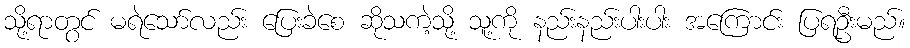
သို့ရာတွင် မရဲသော်လည်း ပြေးခဲစေ ဆိုသကဲ့သို့ သူ့ကို နည်းနည်းပါးပါး အကြောင်း ပြရဦးမည်။